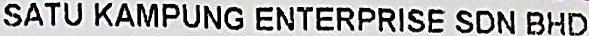
SATU KAMPUNG ENTERPRISE SDN BHD